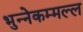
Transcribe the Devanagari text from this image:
भुन्नेकम्मल्ल